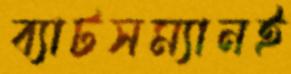
ব্যাটসম্যানই